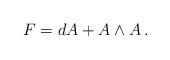
LaTeX: \begin{align*}F = dA + A \wedge A\,.\end{align*}